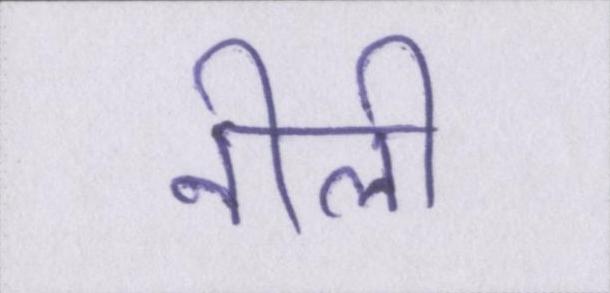
नीली